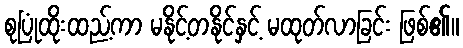
စုပြုံထိုးထည့်ကာ မနိုင့်တနိုင်နှင့် မထုတ်လာခြင်း ဖြစ်၏။